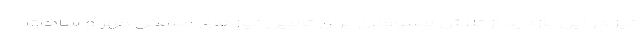
نیز در این بازدید از تلاش مسوولان برای تامین نیازهای مسکن مهر و ساخت